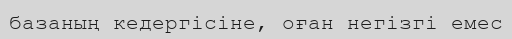
базаның кедергісіне, оған негізгі емес